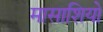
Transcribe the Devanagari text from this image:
मासाशियो